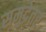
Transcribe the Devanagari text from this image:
समुद्रेतर